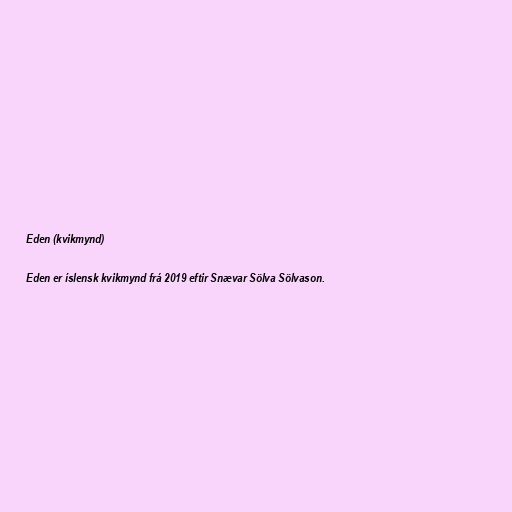
Eden (kvikmynd)

Eden er íslensk kvikmynd frá 2019 eftir Snævar Sölva Sölvason.